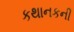
કથાનકની